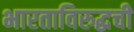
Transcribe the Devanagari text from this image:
भारताविरुद्धची